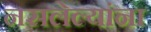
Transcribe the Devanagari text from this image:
नसलेल्यांना